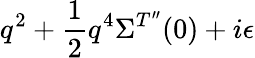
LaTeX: q^{2}+\frac{1}{2}q^{4}\Sigma^{T^{\prime\prime}}(0)+i\epsilon